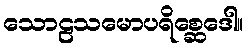
သောဠသမောပရိစ္ဆေဒေါ။